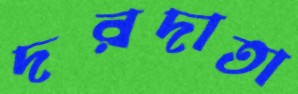
দরদাতা